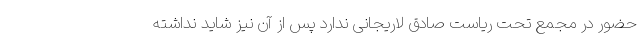
حضور در مجمع تحت ریاست صادق لاریجانی ندارد پس از آن نیز شاید نداشته